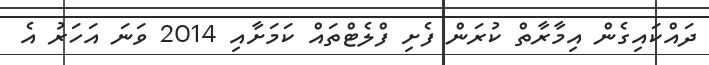
ދައްކައިގެން އިމާރާތް ކުރަން ފެށި ފްލެޓްތައް ކަމަށާއި 2014 ވަނަ އަހަރު އެ